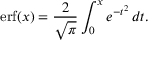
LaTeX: \operatorname { e r f } ( x ) = { \frac { 2 } { \sqrt { \pi } } } \int _ { 0 } ^ { x } e ^ { - t ^ { 2 } } \, d t .